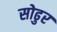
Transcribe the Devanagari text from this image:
सोढुर